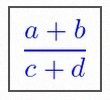
\frac{a+b}{c+d}